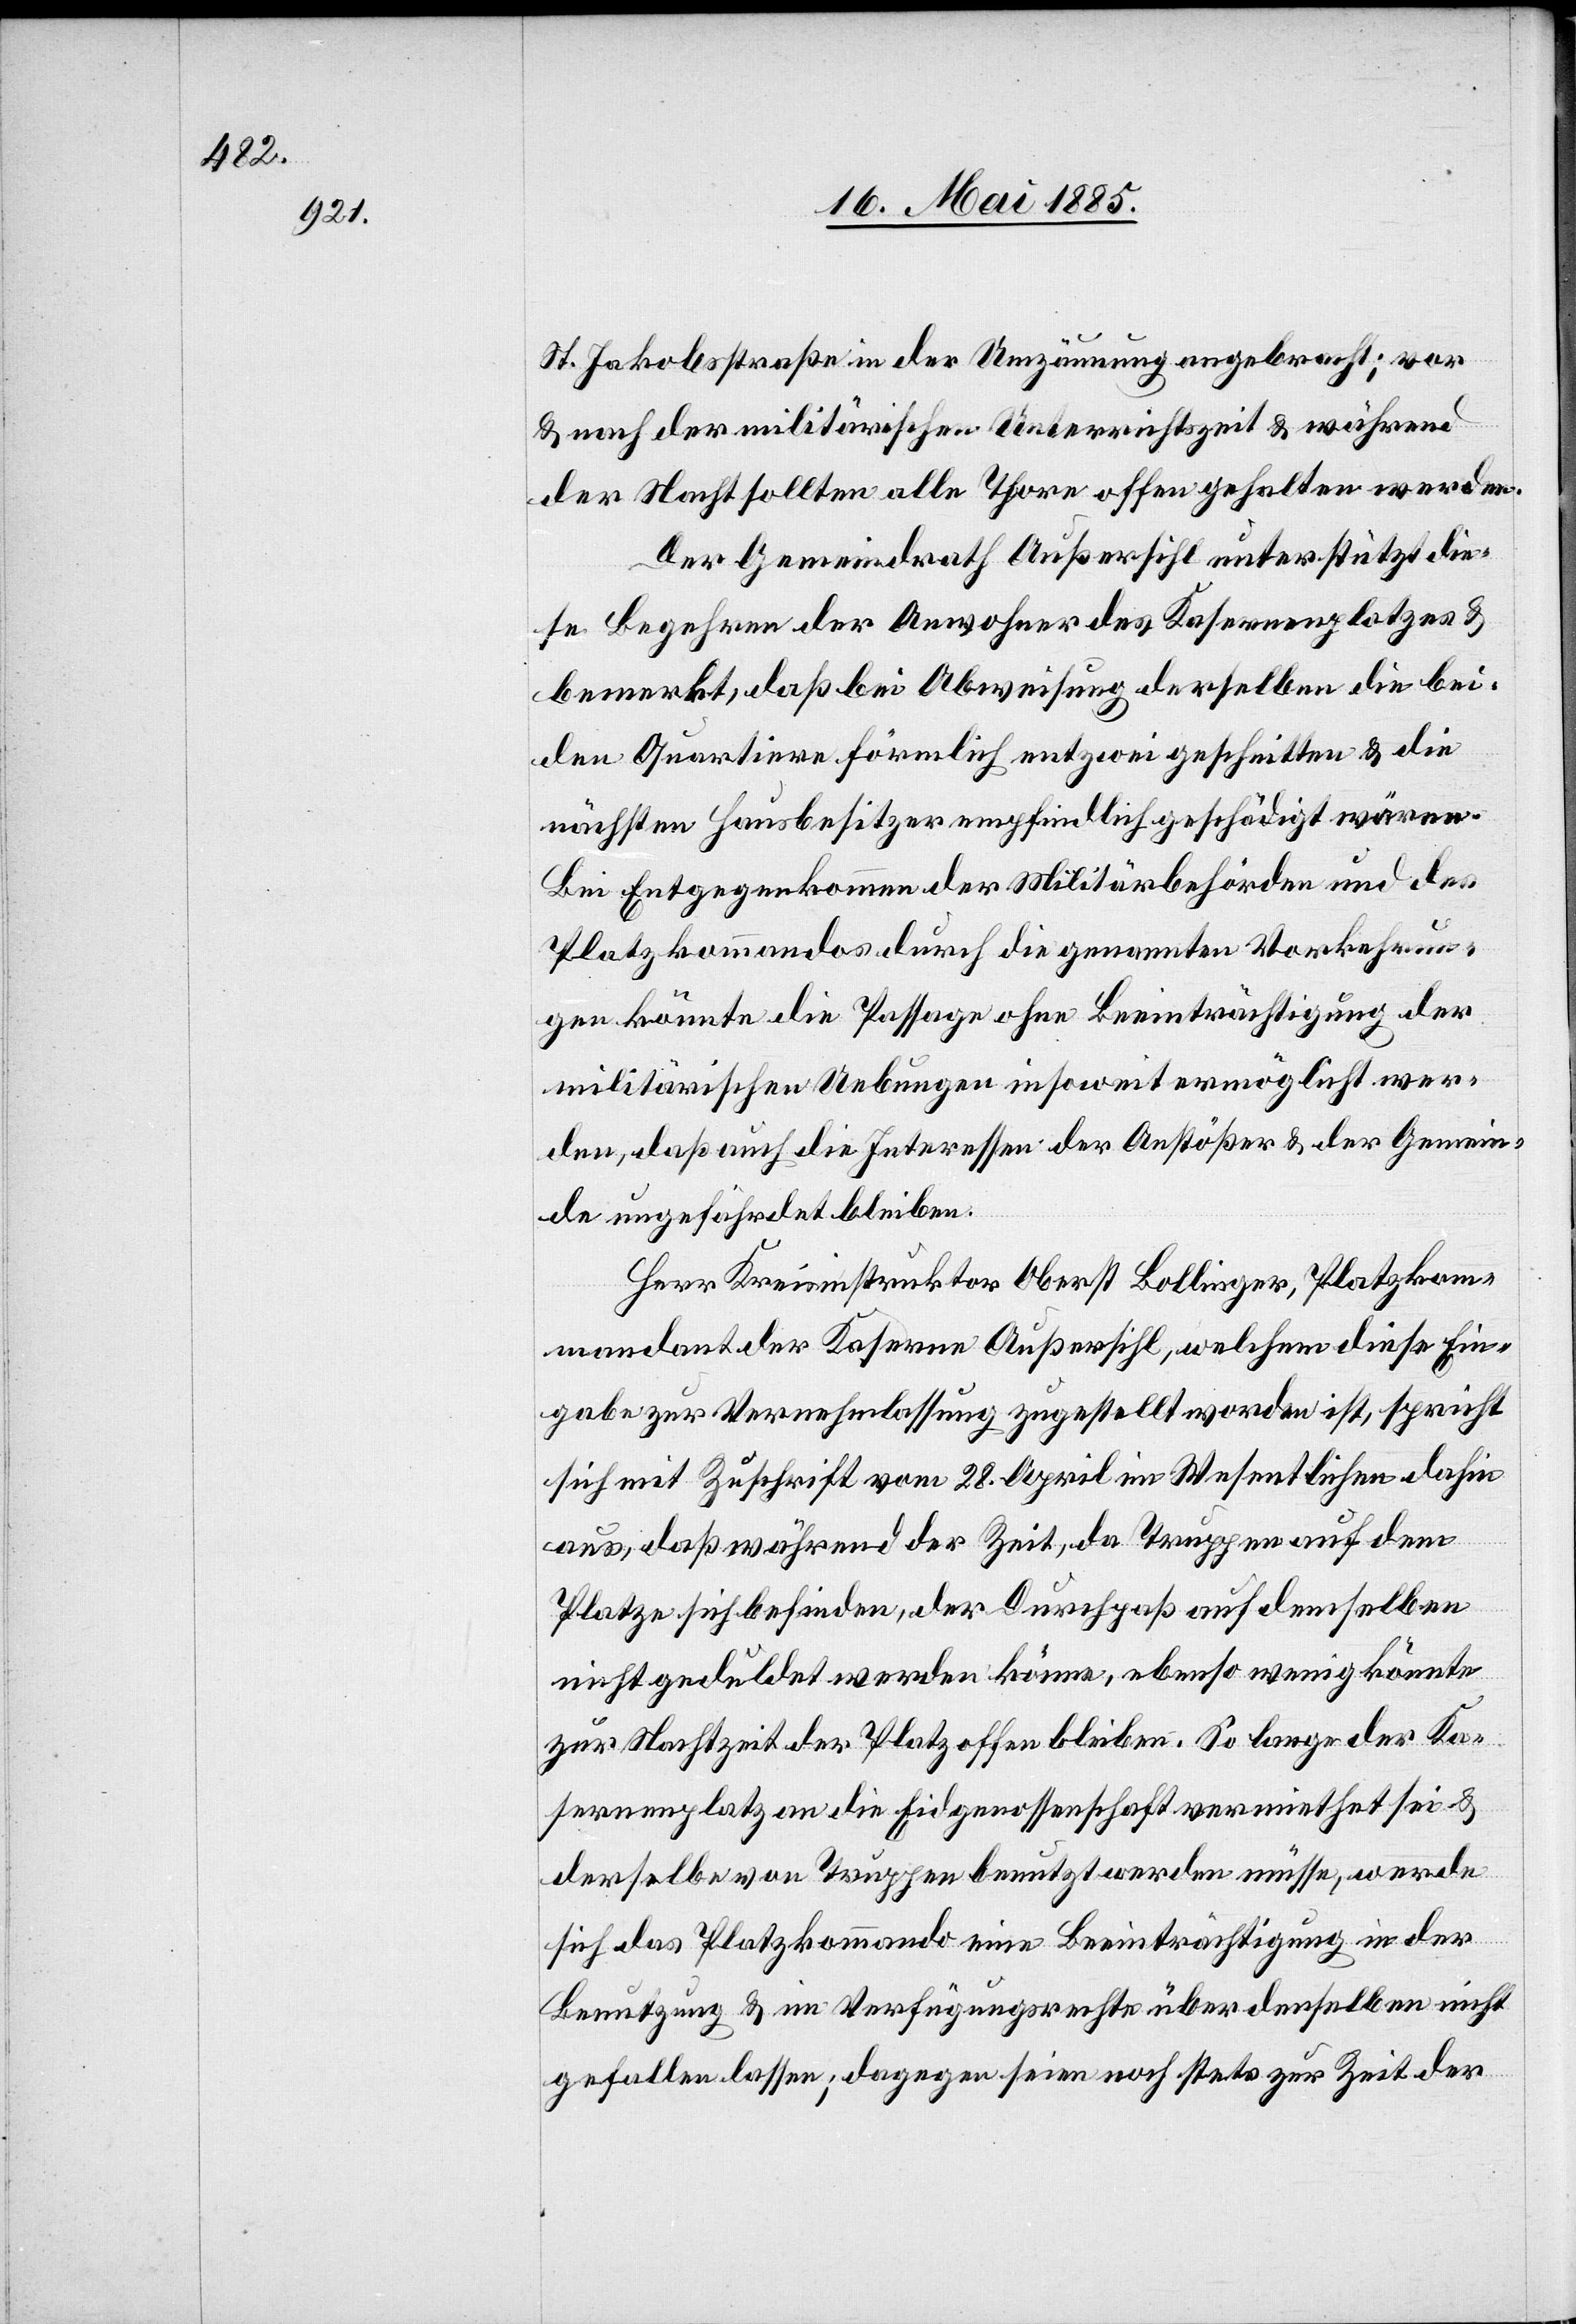
St. Jakobsstraße in der Umzäunung angebracht; vor
& nach der militärischen Unterrichtszeit & während
der Nacht sollten alle Thore offen gehalten werden.
Der Gemeindrath Außersihl unterstützt die¬
se Begehren der Anwohner des Kasernenplatzes &
bemerkt, daß bei Abweisung derselben die bei¬
den Quartiere förmlich entzwei geschnitten & die
nächsten Hausbesitzer empfindlich geschädigt wären.
Bei Entgegenkommen der Militärbehörden und des
Platzkommandos durch die genannten Vorkehrun¬
gen könnte die Passage ohne Beeinträchtigung der
militärischen Uebungen insoweit ermöglicht wer¬
den, daß auch die Interessen der Anstößer & der Gemein¬
de ungefährdet bleiben.
Herr Kreisingenieur Oberst Bollinger, Platzkom¬
mandant der Kaserne Außersihl, welchem diese Ein¬
gabe zur Vernehmlassung zugestellt worden ist, spricht
sich mit Zuschrift vom 28. April im Wesentlichen dahin
aus, daß während der Zeit, da Truppen auf dem
Platze sich befinden, der Durchpaß auf demselben
nicht geduldet werden könne, ebenso wenig könnte
zur Nachtzeit der Platz offen bleiben. So lange der Ka¬
sernenplatz an die Eidgenossenschaft vermiethet sei &
derselbe von Truppen benutzt werden müsse, werde
sich das Platzkommando eine Beeinträchtigung in der
Benutzung & im Verfügungsrechte über derselben nicht
gefallen lassen; dagegen seien noch stets zur Zeit der